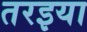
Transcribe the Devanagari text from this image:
तरइया